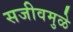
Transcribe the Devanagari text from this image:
सजीवमुळे